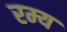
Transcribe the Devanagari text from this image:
रम्‍य